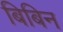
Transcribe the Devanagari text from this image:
बिबिन